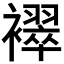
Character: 𬡳